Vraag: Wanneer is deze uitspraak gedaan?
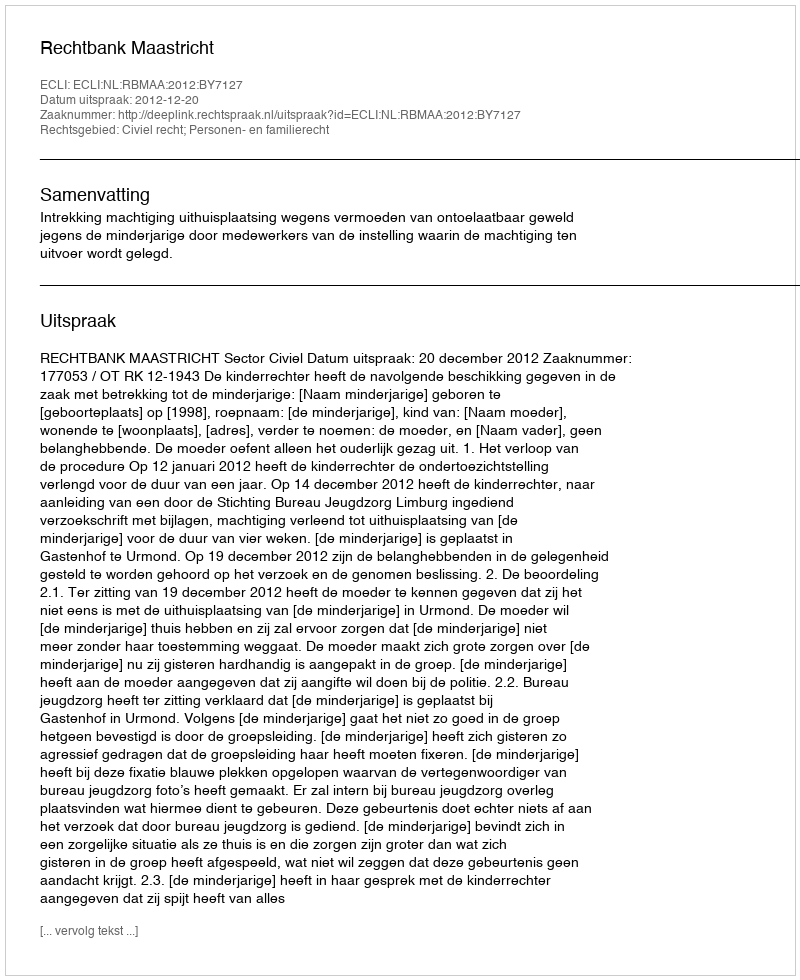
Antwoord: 2012-12-20